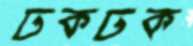
ঢকঢক